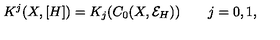
K ^ { j } ( X , [ H ] ) = K _ { j } ( C _ { 0 } ( X , { \mathcal E } _ { H } ) ) \qquad j = 0 , 1 ,